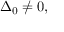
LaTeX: \Delta _ { 0 } \neq 0 ,